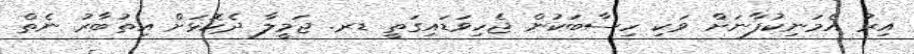
އިރު އެމަނިކުފާނަށް ވަކި ހިސާބަކުން ޖެހިވަޑައިގަތީ ޑރ. ޖަމީލާ ދެކޮޅަށް އިތުބާރު ނެތް